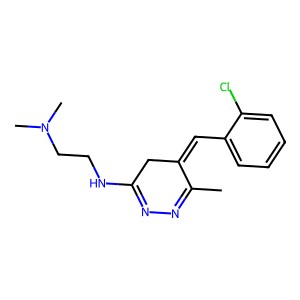
SMILES: CC1=NN=C(NCCN(C)C)CC1=Cc1ccccc1Cl
Inhibits HIV replication: No